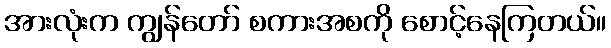
အားလုံးက ကျွန်တော် စကားအစကို စောင့်နေကြတယ်။